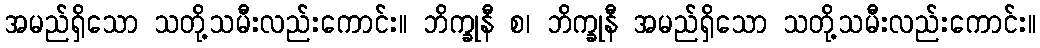
အမည်ရှိသော သတို့သမီးလည်းကောင်း။ ဘိက္ခုနီ စ၊ ဘိက္ခုနီ အမည်ရှိသော သတို့သမီးလည်းကောင်း။